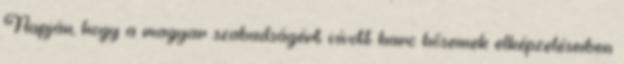
Napján, hogy a magyar szabadságért vívott harc hőseinek elképzeléseiben